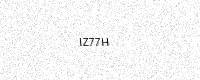
Text: IZ77H